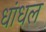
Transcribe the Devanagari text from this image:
धांधल